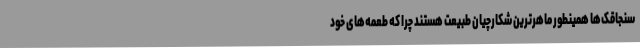
سنجاقک‌ها همینطور ماهرترین شکارچیان طبیعت هستند چرا که طعمه‌های خود